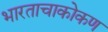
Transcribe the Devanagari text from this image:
भारताचाकोकण